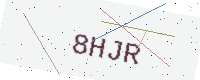
Text: 8HJR